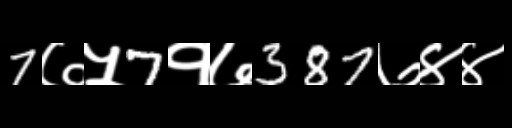
Text: 7७५7१७387७४४